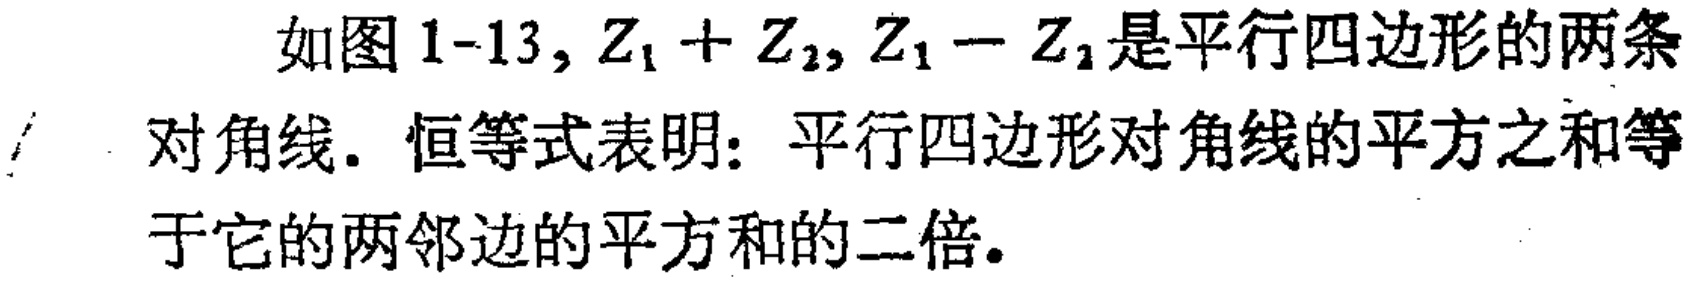
如图 1-13, \(Z_1 + Z_2, Z_1 - Z_2\)是平行四边形的两条对角线. 恒等式表明: 平行四边形对角线的平方之和等于它的两邻边的平方和的二倍.